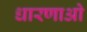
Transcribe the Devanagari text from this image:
धारणाओ